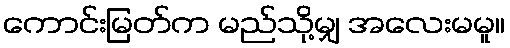
ကောင်းမြတ်က မည်သို့မျှ အလေးမမူ။